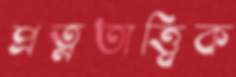
প্রত্নতাত্ত্বিক